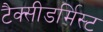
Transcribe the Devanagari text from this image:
टैक्सीडर्मिस्ट